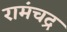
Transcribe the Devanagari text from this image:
रामंचद्र